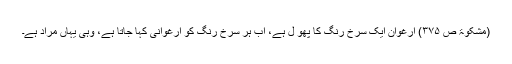
(مشکوۃ ص ۳۷۵) ارغوان ایک سرخ رنگ کا پھو ل ہے، اب ہر سرخ رنگ کو ارغوانی کہا جاتا ہے، وہی یہاں مراد ہے۔